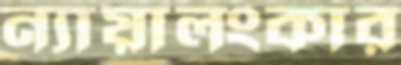
ন্যায়ালংকার